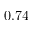
0 . 7 4